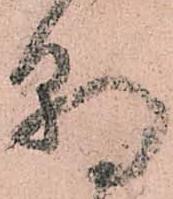
朝